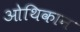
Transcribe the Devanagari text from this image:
ओथिकान